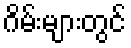
ဂိမ်းများတွင်